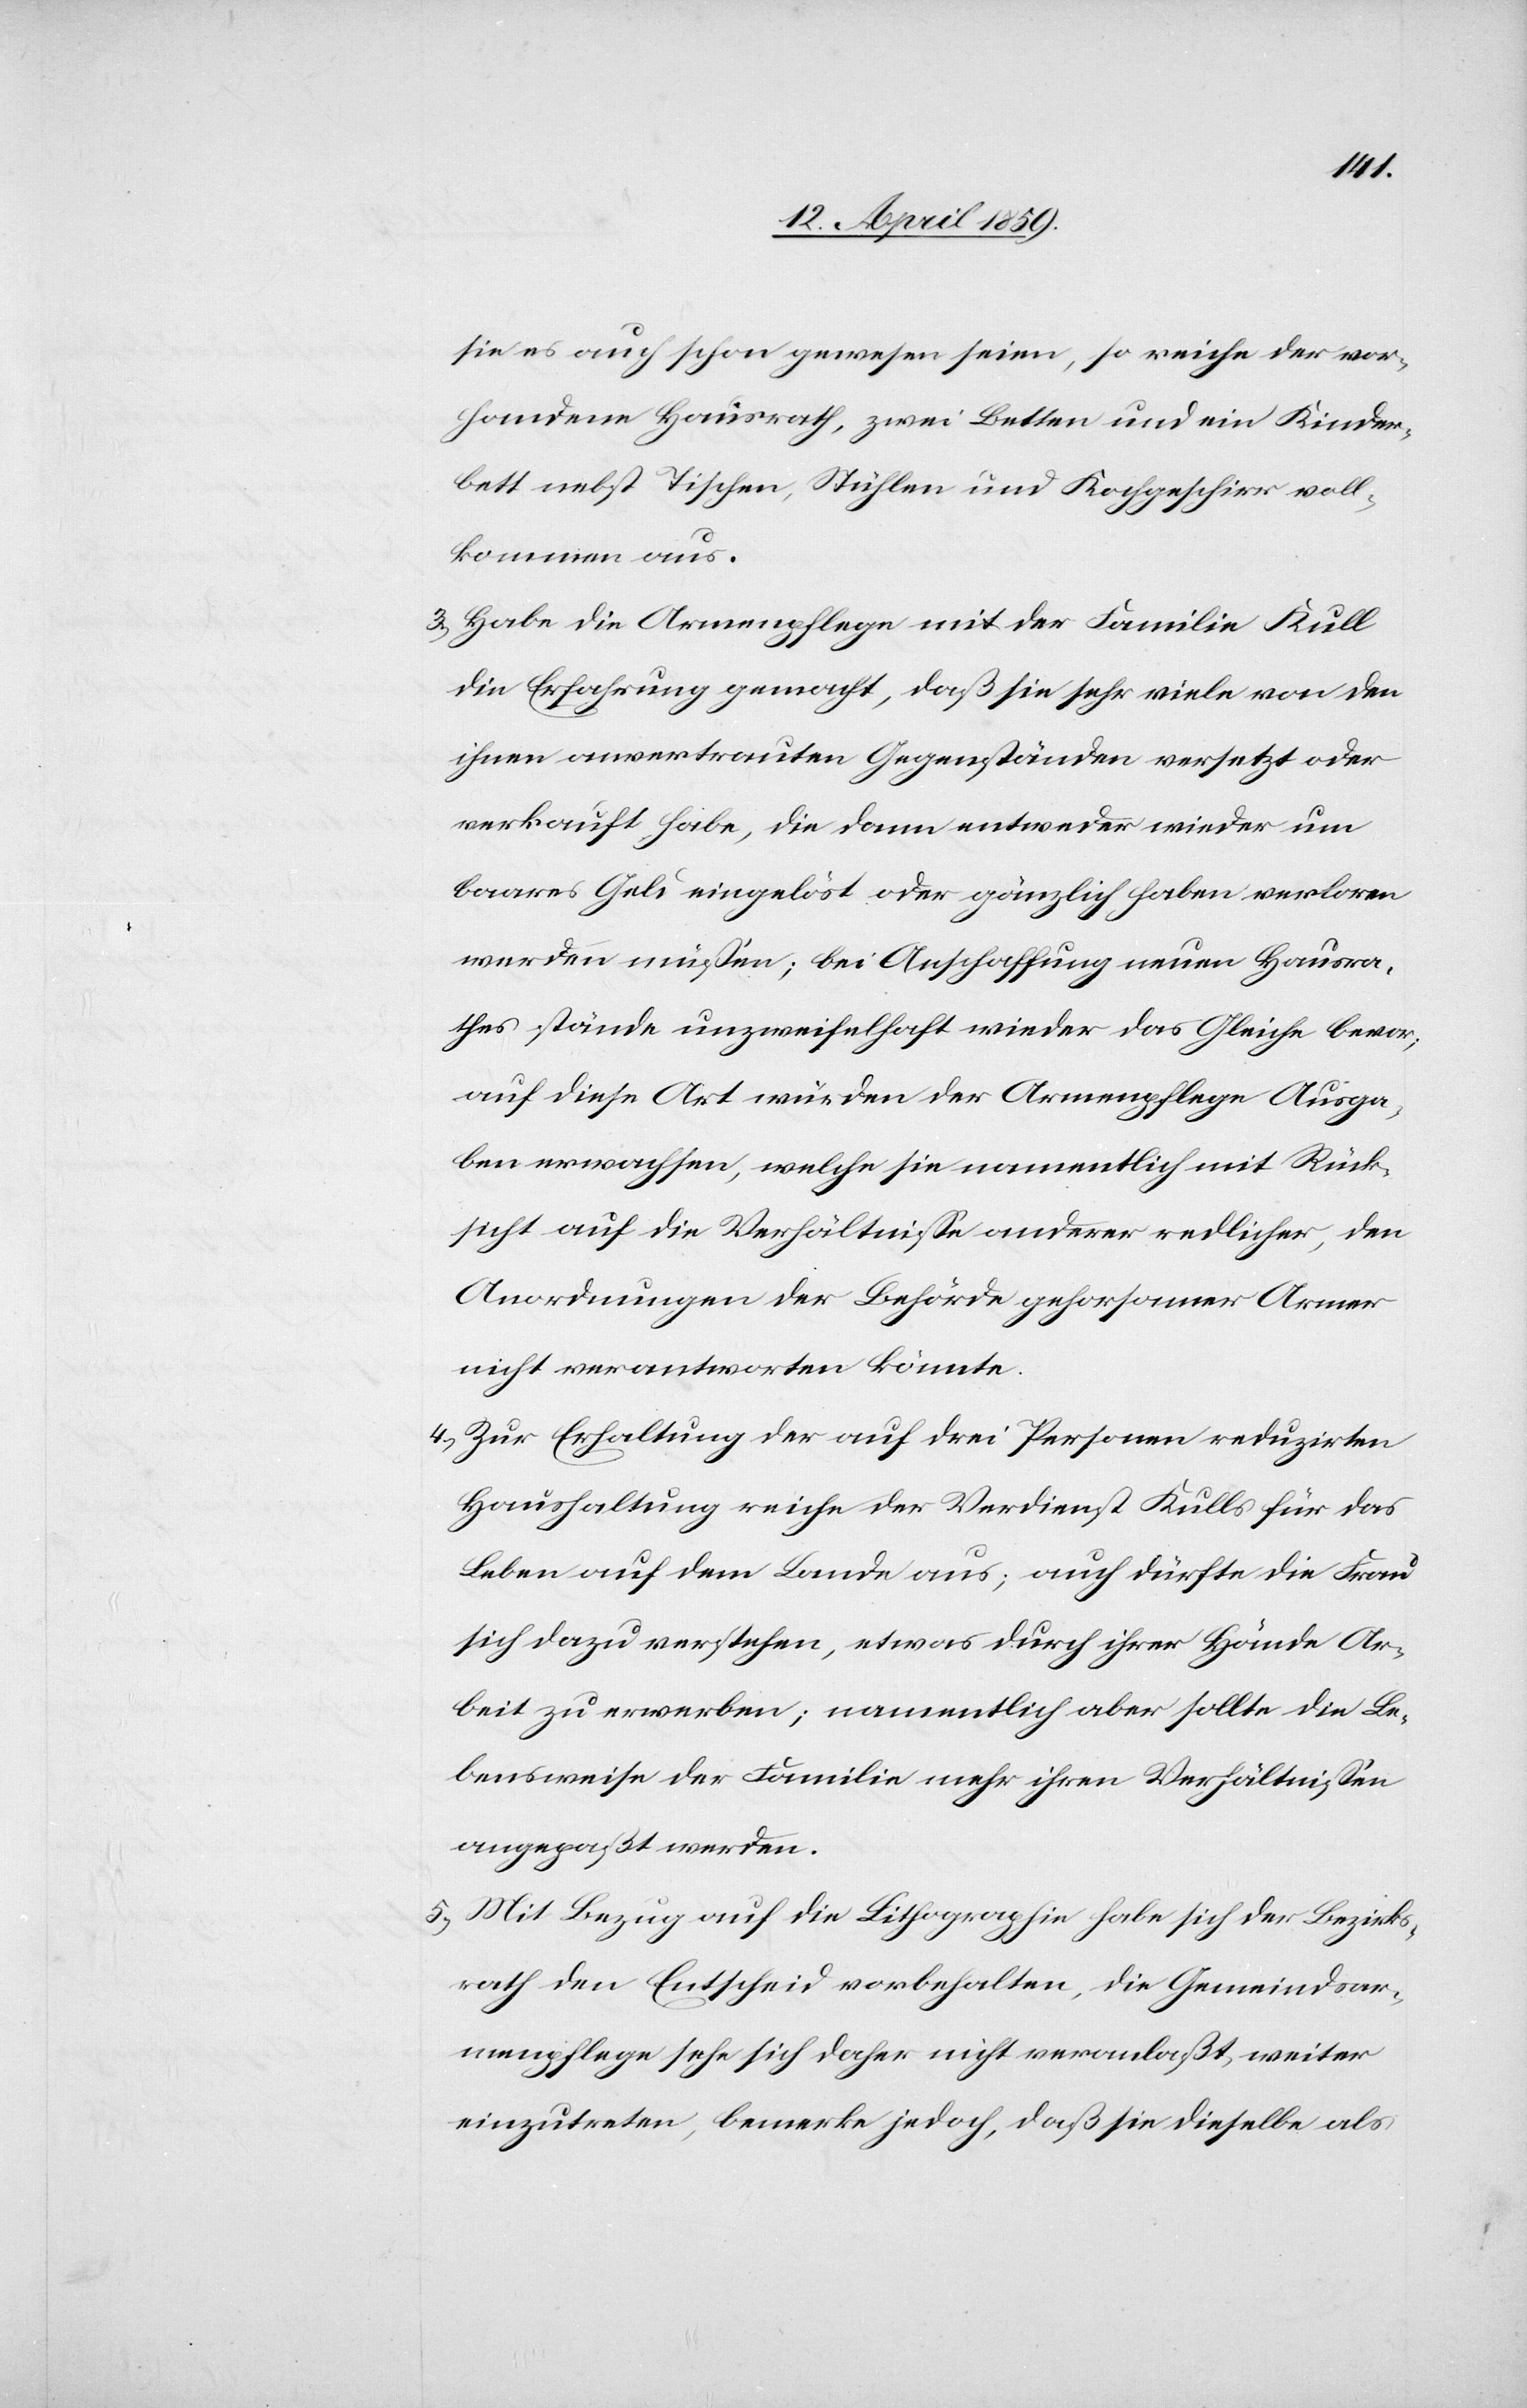
sie es auch schon gewesen seien, so reiche der vor¬
handene Hausrath, zwei Betten und ein Kinder¬
bett nebst Tischen, Stühlen und Kochgeschirr voll¬
kommen aus.
3) Habe die Armenpflege mit der Familie Kull
die Erfahrung gemacht, daß sie sehr viele von den
ihnen anvertrauten Gegenständen versetzt oder
verkauft habe, die dann entweder wieder um
baares Geld eingelöst oder gänzlich haben verloren
werden müßen; bei Anschaffung neuen Hausra¬
thes stände unzweifelhaft wieder das Gleiche bevor;
auf diese Art würden der Armenpflege Ausga¬
ben erwachsen, welche sie namentlich mit Rück¬
sicht auf die Verhältniße anderer redlicher, den
Anordnungen der Behörde gehorsamer Armer
nicht verantworten könnte.
4) Zur Erhaltung der auf drei Personen reduzirten
Haushaltung reiche der Verdienst Kulls für das
Leben auf dem Lande aus; auch dürfte die Frau
sich dazu verstehen, etwas durch ihrer Hände Ar¬
beit zu erwerben; namentlich aber sollte die Le¬
bensweise der Familie mehr ihren Verhältnißen
angepaßt werden.
5) Mit Bezug auf die Lithographie habe sich der Bezirks¬
rath den Entscheid vorbehalten, die Gemeindsar¬
menpflege sehe sich daher nicht veranlaßt, weiter
einzutreten, bemerke jedoch, daß sie dieselbe als